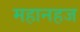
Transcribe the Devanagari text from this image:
महानहज